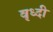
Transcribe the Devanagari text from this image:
वृध्दी